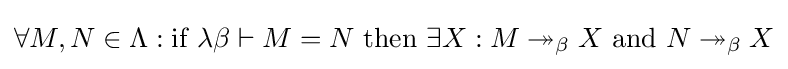
\forall M,N\in \Lambda :{\text{if}}\ \lambda \beta \vdash M=N\ {\text{then}}\ \exists X:M\twoheadrightarrow _{\beta }X\ {\text{and}}\ N\twoheadrightarrow _{\beta }X